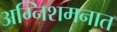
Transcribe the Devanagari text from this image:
अग्निशमनात